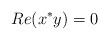
LaTeX: \begin{align*} Re(x^*y)=0\\\end{align*}